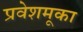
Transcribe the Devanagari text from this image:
प्रवेशमूका